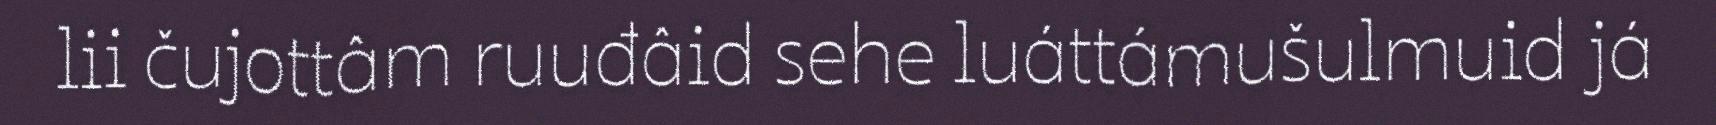
lii čujottâm ruuđâid sehe luáttámušulmuid já